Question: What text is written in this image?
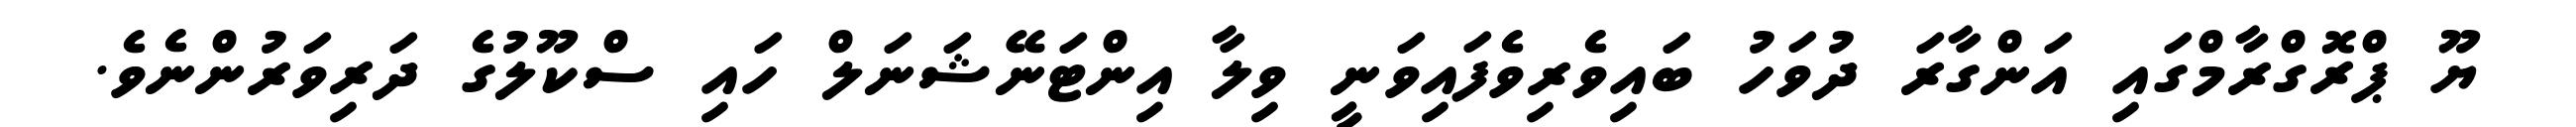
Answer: ޔޫ ޕްރޮގްރާމްގައި އަންގާރަ ދުވަހު ބައިވެރިވެފައިވަނީ ވިލާ އިންޓަނޭޝަނަލް ހައި ސްކޫލުގެ ދަރިވަރުންނެވެ.